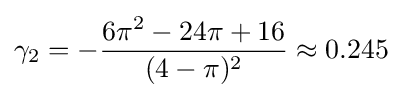
\gamma _{2}=-{\frac {6\pi ^{2}-24\pi +16}{(4-\pi )^{2}}}\approx 0.245